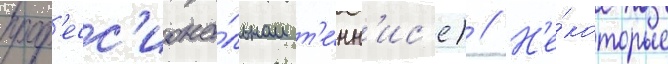
проф'есс'иона́льном т'е́нн'ис'е) // Н'е́которые